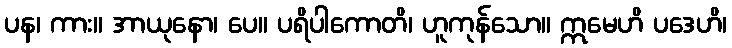
ပန၊ ကား။ အာယုနော၊ ပေ။ ပရိပါကောတိ၊ ဟူကုန်သော။ ဣမေဟိ ပဒေဟိ၊